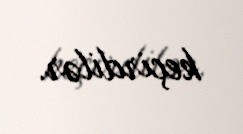
keçirdilər.